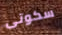
سكوتى